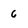
Character: 6